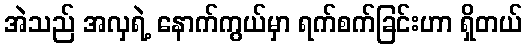
အဲသည် အလှရဲ့ နောက်ကွယ်မှာ ရက်စက်ခြင်းဟာ ရှိတယ်